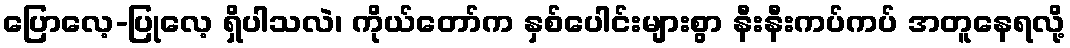
ပြောလေ့-ပြုလေ့ ရှိပါသလဲ၊ ကိုယ်တော်က နှစ်ပေါင်းများစွာ နီးနီးကပ်ကပ် အတူနေရလို့